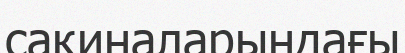
сақиналарындағы